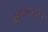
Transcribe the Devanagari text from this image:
मॉस्कोजवळील